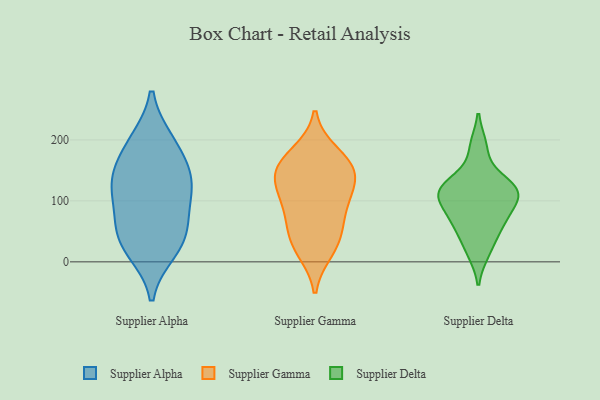
{"axis": {"x": "Budget (USD K)", "y": "Value"}, "legend": ["Supplier Alpha", "Supplier Delta", "Supplier Gamma"], "data": [{"x": "", "y": 144, "type": "Supplier Alpha"}, {"x": "", "y": 28, "type": "Supplier Alpha"}, {"x": "", "y": 145, "type": "Supplier Alpha"}, {"x": "", "y": 93, "type": "Supplier Alpha"}, {"x": "", "y": 19, "type": "Supplier Alpha"}, {"x": "", "y": 128, "type": "Supplier Alpha"}, {"x": "", "y": 51, "type": "Supplier Alpha"}, {"x": "", "y": 52, "type": "Supplier Alpha"}, {"x": "", "y": 197, "type": "Supplier Alpha"}, {"x": "", "y": 116, "type": "Supplier Alpha"}, {"x": "", "y": 194, "type": "Supplier Alpha"}, {"x": "", "y": 20, "type": "Supplier Gamma"}, {"x": "", "y": 144, "type": "Supplier Gamma"}, {"x": "", "y": 154, "type": "Supplier Gamma"}, {"x": "", "y": 112, "type": "Supplier Gamma"}, {"x": "", "y": 176, "type": "Supplier Gamma"}, {"x": "", "y": 35, "type": "Supplier Gamma"}, {"x": "", "y": 46, "type": "Supplier Gamma"}, {"x": "", "y": 95, "type": "Supplier Gamma"}, {"x": "", "y": 140, "type": "Supplier Gamma"}, {"x": "", "y": 84, "type": "Supplier Gamma"}, {"x": "", "y": 158, "type": "Supplier Gamma"}, {"x": "", "y": 110, "type": "Supplier Delta"}, {"x": "", "y": 131, "type": "Supplier Delta"}, {"x": "", "y": 48, "type": "Supplier Delta"}, {"x": "", "y": 189, "type": "Supplier Delta"}, {"x": "", "y": 16, "type": "Supplier Delta"}, {"x": "", "y": 113, "type": "Supplier Delta"}, {"x": "", "y": 108, "type": "Supplier Delta"}, {"x": "", "y": 70, "type": "Supplier Delta"}, {"x": "", "y": 77, "type": "Supplier Delta"}, {"x": "", "y": 124, "type": "Supplier Delta"}]}